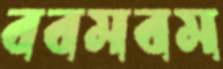
ববমবম